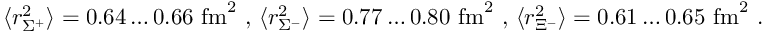
\langle r _ { \Sigma ^ { + } } ^ { 2 } \rangle = 0 . 6 4 \ldots 0 . 6 6 ~ \mathrm { f m } ^ { 2 } ~ , \, \langle r _ { \Sigma ^ { - } } ^ { 2 } \rangle = 0 . 7 7 \ldots 0 . 8 0 ~ \mathrm { f m } ^ { 2 } ~ , \, \langle r _ { \Xi ^ { - } } ^ { 2 } \rangle = 0 . 6 1 \ldots 0 . 6 5 ~ \mathrm { f m } ^ { 2 } ~ .